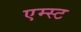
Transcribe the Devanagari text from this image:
एम्स्ट